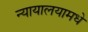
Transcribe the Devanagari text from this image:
न्यायालयामधे